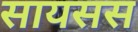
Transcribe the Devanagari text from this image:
सायसस